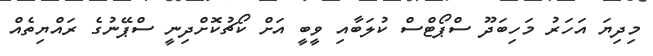
މިދިޔަ އަހަރު މަހިބަދޫ ސްޕޯޓްސް ކުލަބާއި ވީބީ އަށް ކޯޗުކޮށްދިނީ ސްޕޭނުގެ ރައްޔިތެއް